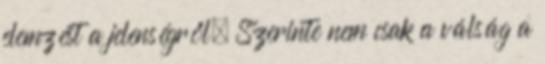
elemzést a jelenségről. Szerinte nem csak a válság a